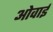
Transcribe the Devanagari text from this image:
ओवाई